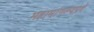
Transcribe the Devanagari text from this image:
महामांगल्यप्रदे